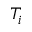
T _ { i }